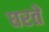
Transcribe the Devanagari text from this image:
घरतें